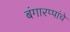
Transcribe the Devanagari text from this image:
बंगारप्पांचे